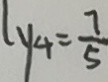
l _ { y _ { 4 } = } \frac { 7 } { 5 }